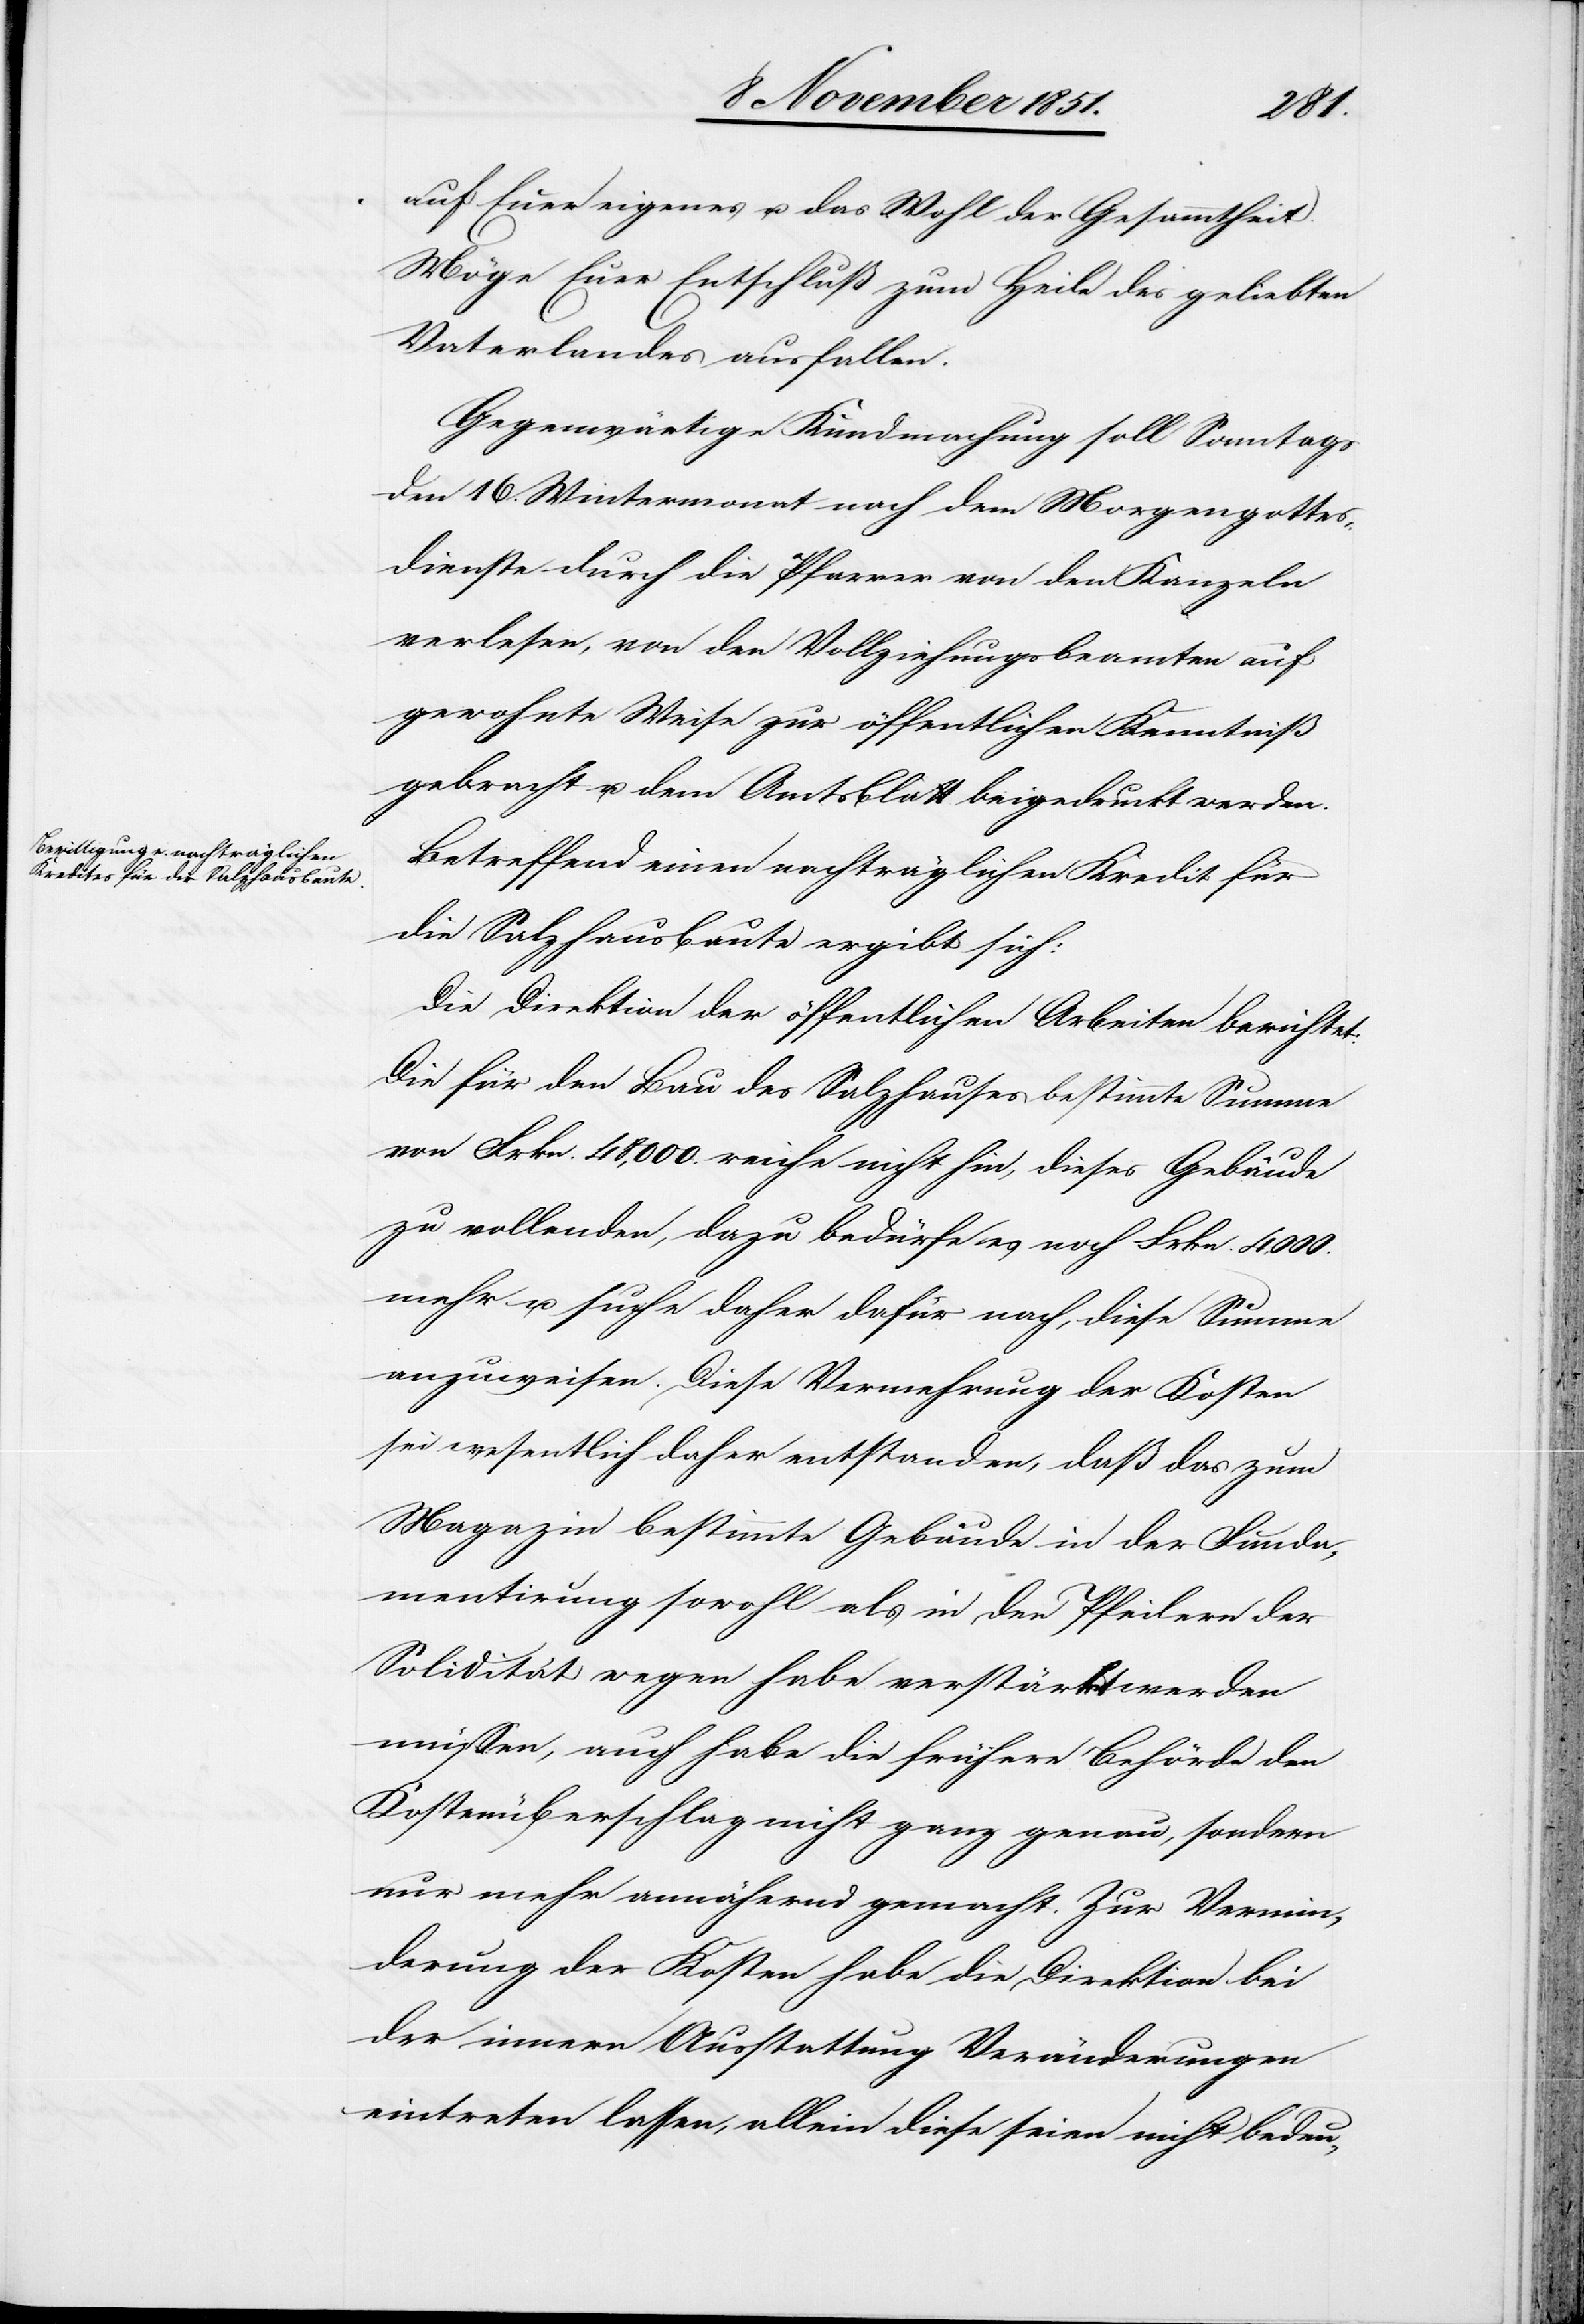
auf Euer eigenes u. das Wohl der Gesammtheit.
Möge Euer Entschluß zum Heile des geliebten
Vaterlandes ausfallen.
Gegenwärtige Kundmachung soll Sonntags
den 16. Wintermonat nach dem Morgengottes¬
dienste durch die Pfarrer von den Kanzeln
verlesen, von den Vollziehungsbeamten auf
gewohnte Weise zur öffentlichen Kenntniß
gebracht u. dem Amtsblatt beigedruckt werden.
Betreffend einen nachträglichen Kredit für
die Salzhausbaute ergibt sich:
Die Direktion der öffentlichen Arbeiten berichtet:
Die für den Bau des Salzhauses bestimmte Summe
von Frkn. 48,000. reiche nicht hin, dieses Gebäude
zu vollenden, dazu bedürfe es noch Frkn. 4,000.
mehr u. suche daher dafür nach, diese Summe
anzuweisen. Diese Vermehrung der Kosten
sei wesentlich daher entstanden, daß das zum
Magazin bestimmte Gebäude in der Funda¬
mentirung sowohl als in den Pfeilern der
Solidität wegen habe verstärkt werden
müssen, auch habe die frühere Behörde den
Kostenüberschlag nicht ganz genau, sondern
nur mehr annähernd gemacht. Zur Vermin¬
derung der Kosten habe die Direktion bei
der innern Ausstattung Veränderungen
eintreten lassen, allein diese seien nicht bedeu-